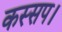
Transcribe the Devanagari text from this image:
कस्सप।